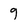
Character: 9